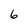
Character: 6